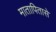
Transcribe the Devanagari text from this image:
मातापितासे